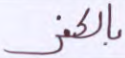
بالكفر